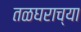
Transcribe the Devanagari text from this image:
तळघराच्या